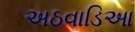
અઠવાડિઆ